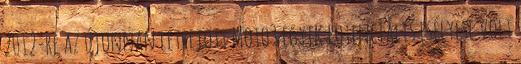
2012-re az újonnan létrejött Moto3 egyik potenciális esélyese volt